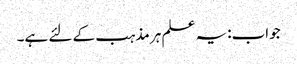
جواب:یہ علم ہر مذہب کے لئے ہے۔